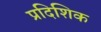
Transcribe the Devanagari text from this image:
प्रदिशिक